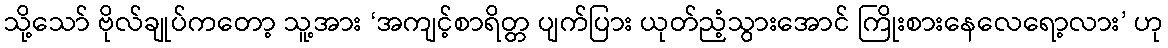
သို့သော် ဗိုလ်ချုပ်ကတော့ သူ့အား ‘အကျင့်စာရိတ္တ ပျက်ပြား ယုတ်ညံ့သွားအောင် ကြိုးစားနေလေရော့လား’ ဟု